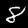
Digit: 8